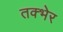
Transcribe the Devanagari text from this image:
तक्भेर